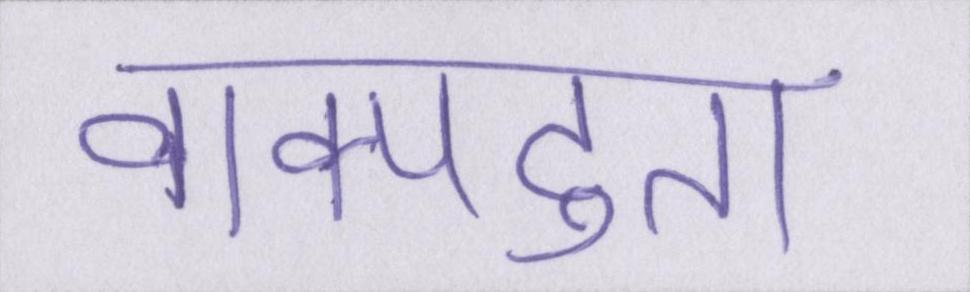
वाक्पटुता